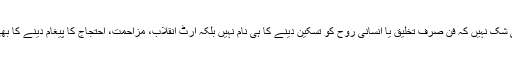
اس میں کوئی شک نہیں کہ فن صرف تخلیق یا انسانی روح کو تسکین دینے کا ہی نام نہیں بلکہ آرٹ انقلاب، مزاحمت، احتجاج کا پیغام دینے کا بھی ذریعہ ہے۔